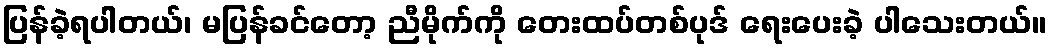
ပြန်ခဲ့ရပါတယ်၊ မပြန်ခင်တော့ ညီမိုက်ကို တေးထပ်တစ်ပုဒ် ရေးပေးခဲ့ ပါသေးတယ်။